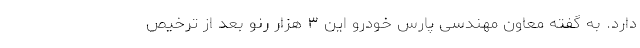
دارد. به گفته معاون مهندسی پارس خودرو این ۳ هزار رنو بعد از ترخیص